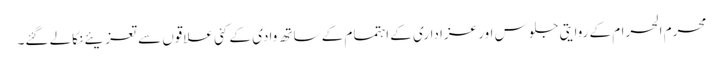
محرم الحرام کے روایتی جلوس اور عزاداری کے اہتمام کے ساتھ وادی کے کئی علاقوں سے تعزیئے نکالے گئے۔